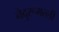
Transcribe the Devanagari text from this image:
नेदुरूमल्ली